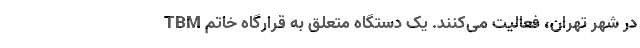
TBM در شهر تهران، فعالیت می‌کنند. یک دستگاه متعلق به قرارگاه خاتم